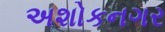
અશોકનગર